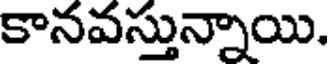
కానవస్తున్నాయి.